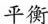
平衡